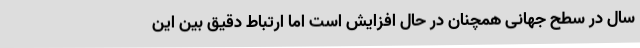
سال در سطح جهانی همچنان در حال افزایش است اما ارتباط دقیق بین این